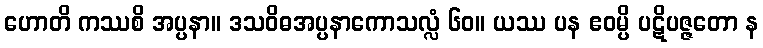
ဟောတိ ကဿစိ အပ္ပနာ။ ဒသဝိဓအပ္ပနာကောသလ္လံ ၆၀။ ယဿ ပန ဧဝမ္ပိ ပဋိပဇ္ဇတော န